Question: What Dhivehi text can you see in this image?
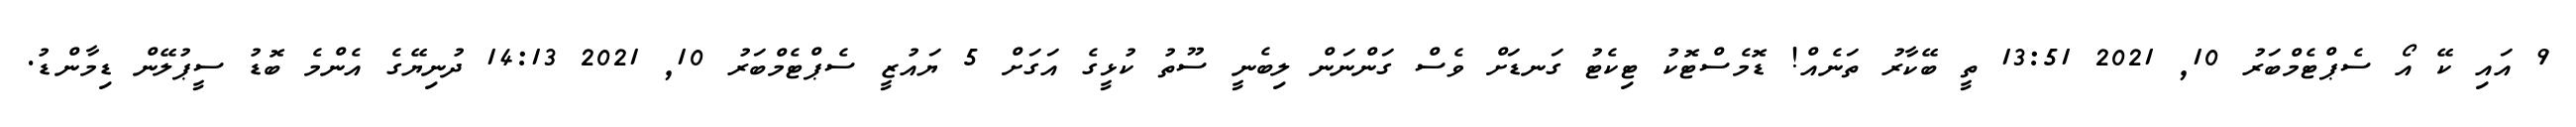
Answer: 9 އައި ކޭ އޯ ސެޕްޓެމްބަރު 10, 2021 13:51 ތީ ބޭކާރު ތަނެއް! ޑޮމެސްޓޮކު ޓިކެޓު ގަނޑަށް ވެސް ގަންނަން ލިބެނީ ސޫތު ކުޅީގެ އަގަށް 5 ޔައުޒީ ސެޕްޓެމްބަރު 10, 2021 14:13 ދުނިޔޭގެ އެންމެ ބޮޑު ސީޕުލޭން ޑިމާންޑު.